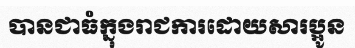
បានជាធំក្នុងរាជការដោយសារប្អូន